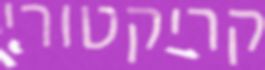
קריקטורי